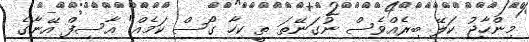
މިންހާޖު ކަލޭ ބިރެއްވެސް ނުގަނޭތަ ތީ ކިހާ ގޯސް ކަމެއް" އާސިފް އޭނާގެ